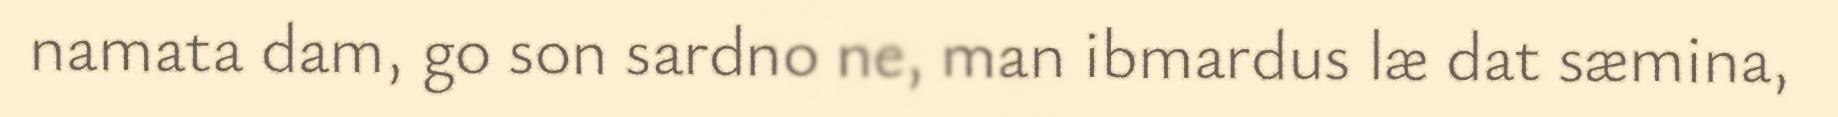
namata dam, go son sardno ne, man ibmardus læ dat sæmina,